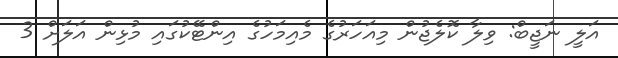
އަލީ ނަޖީބް: ވިލާ ކޮލެޖުން މިއަހަރުގެ މެއިމަހުގެ އިންޓޭކުގައި މުޅިން އަލަށް 3